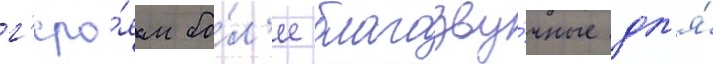
г'еро́ям бо́л'ее благозву́чные дл'я́